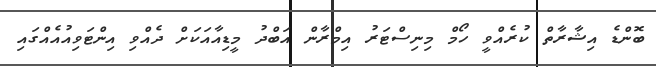
ބޮންޑެ އިޝާރާތް ކުރެއްވީ ހޯމް މިނިސްޓަރު އިމްރާން އަބްދު މީޑިއާއަކަށް ދެއްވި އިންޓަވިއުއެއްގައި